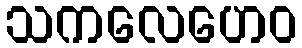
သကလေဟေဝ